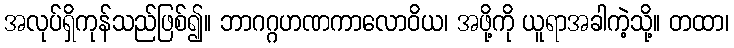
အလုပ်ရှိကုန်သည်ဖြစ်၍။ ဘာဂဂ္ဂဟဏကာလောဝိယ၊ အဖို့ကို ယူရာအခါကဲ့သို့။ တထာ၊